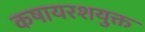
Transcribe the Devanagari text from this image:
कषायरशयुक्त